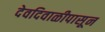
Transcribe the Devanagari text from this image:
देवदिवाळीपासून